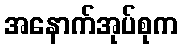
အနောက်အုပ်စုက